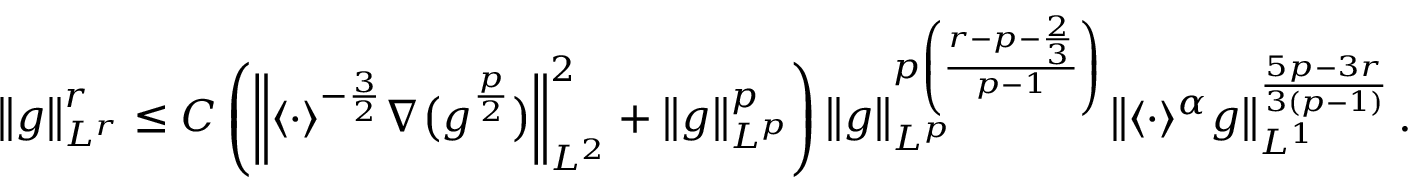
\left\| g \right\| _ { L ^ { r } } ^ { r } \leq C \left( \left\| \langle \cdot \rangle ^ { - \frac { 3 } { 2 } } \nabla \big ( g ^ { \frac { p } { 2 } } \big ) \right\| _ { L ^ { 2 } } ^ { 2 } + \left\| g \right\| _ { L ^ { p } } ^ { p } \right) \left\| g \right\| _ { L ^ { p } } ^ { p \left( \frac { r - p - \frac { 2 } { 3 } } { p - 1 } \right) } \left\| \langle \cdot \rangle ^ { \alpha } g \right\| _ { L ^ { 1 } } ^ { \frac { 5 p - 3 r } { 3 ( p - 1 ) } } .